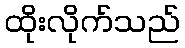
ထိုးလိုက်သည်